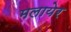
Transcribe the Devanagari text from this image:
मलायेर